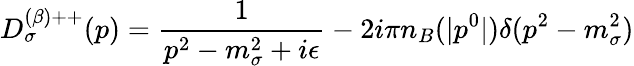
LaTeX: D_{\sigma}^{(\beta)++}(p)=\frac{1}{p^{2}-m_{\sigma}^{2}+i\epsilon}-2i\pi n_{B}(|p^{0}|)\delta(p^{2}-m_{\sigma}^{2})